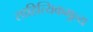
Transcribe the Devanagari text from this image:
साहित्यिकमूल्य